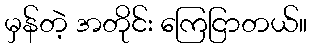
မှန်တဲ့ အတိုင်း ကြေငြာတယ်။